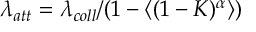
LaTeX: \lambda _ { a t t } = \lambda _ { c o l l } / ( 1 - \langle ( 1 - K ) ^ { \alpha } \rangle )